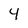
Character: 4